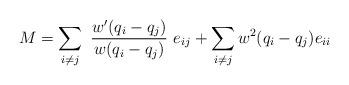
LaTeX: \begin{align*}M = \sum_{i \neq j} \,\, \frac{w'(q_i - q_j)}{w(q_i - q_j)} \,\,e_{ij} + \sum_{i \neq j} w^2 (q_i - q_j) e_{ii}\end{align*}